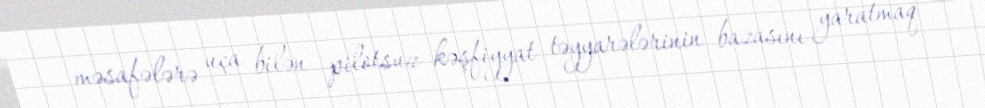
məsafələrə uça bilən pilotsuz kəşfiyyat təyyarələrinin bazasını yaratmaq